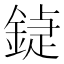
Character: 𨩼